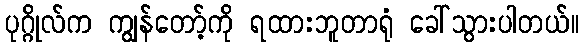
ပုဂ္ဂိုလ်က ကျွန်တော့်ကို ရထားဘူတာရုံ ခေါ်သွားပါတယ်။